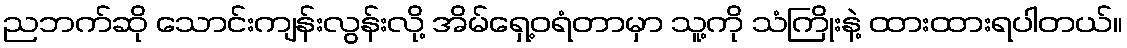
ညဘက်ဆို သောင်းကျန်းလွန်းလို့ အိမ်ရှေ့ဝရံတာမှာ သူ့ကို သံကြိုးနဲ့ ထားထားရပါတယ်။